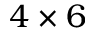
4 \times 6